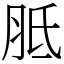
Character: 胝